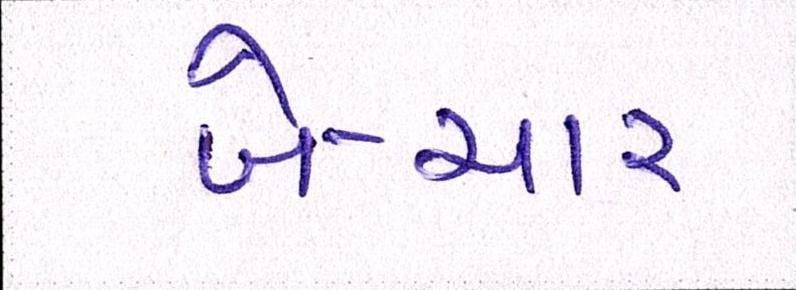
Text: બે-ચાર